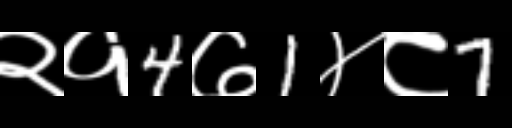
Text: २१4७1४८7